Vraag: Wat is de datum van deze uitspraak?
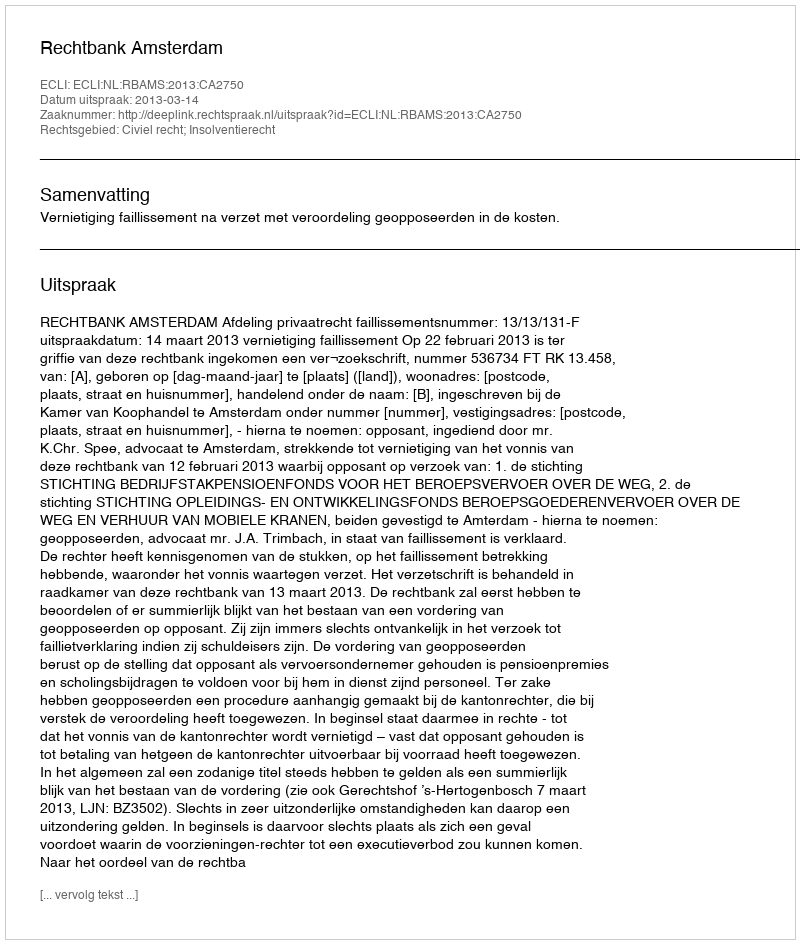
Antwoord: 2013-03-14